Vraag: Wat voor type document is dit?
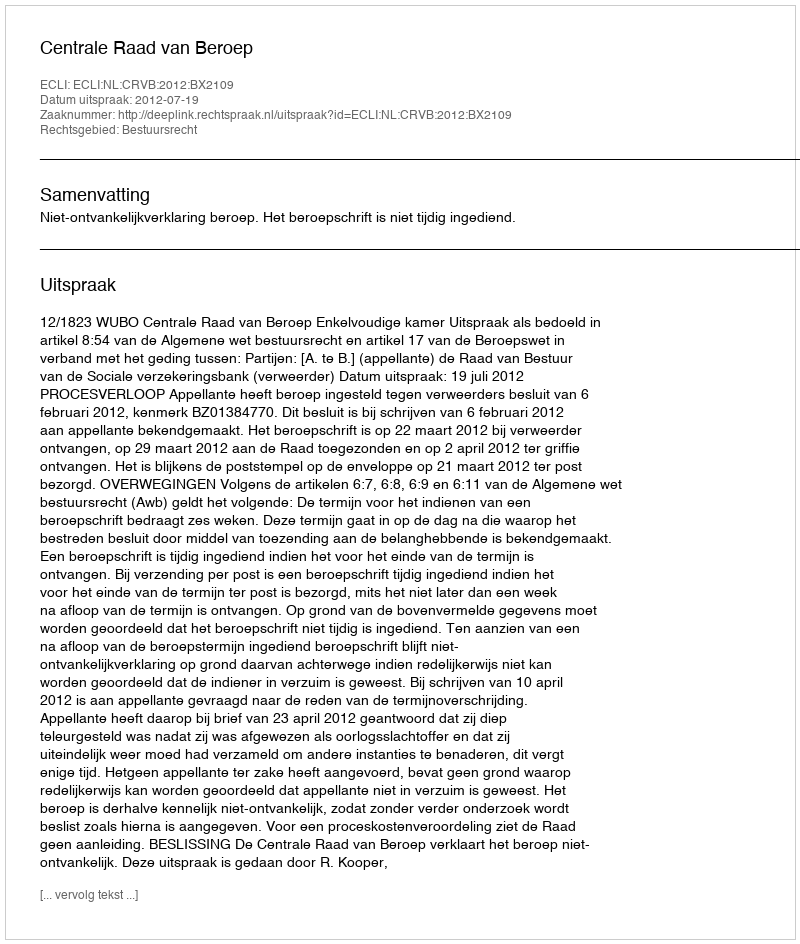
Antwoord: Uitspraak